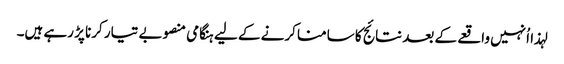
لہذا اُنہیں واقعے کے بعد نتائج کا سامنا کرنے کے لیے ہنگامی منصوبے تیار کرنا پڑ رہے ہیں۔